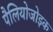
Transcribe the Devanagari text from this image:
पैलियोजोइक